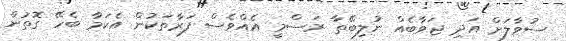
ސުވާލަށް އަދި ޖަވާބެއް ނުލިބޭތާ ރަސްމީ އެއްވެސް ފަރާތަކުން އެކަމާ ބެހޭ ގޮތުން